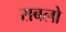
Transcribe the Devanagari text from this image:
राबलो